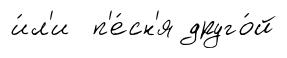
и́л'и п'е́сн'я друго́й